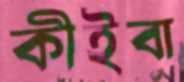
কীইবা